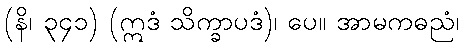
(နိ၊ ၃၄၁) (ဣဒံ သိက္ခာပဒံ)၊ ပေ။ အာမကဓညံ၊